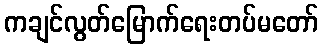
ကချင်လွတ်မြောက်ရေးတပ်မတော်